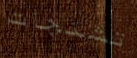
تشنجات